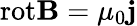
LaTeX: \mathrm{rot}{\mathbf B}=\mu_{0}{\mathbf j}